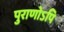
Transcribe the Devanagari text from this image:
पुराणोऽपि